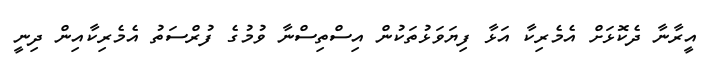
އީރާނާ ދެކޮޅަށް އެމެރިކާ އަޅާ ފިޔަވަޅުތަކުން އިސްތިސްނާ ވުމުގެ ފުރްސަތު އެމެރިކާއިން ދިނީ